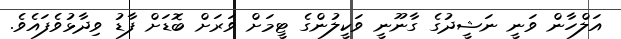
އަލްހާން ވަނީ ނަޝީދުގެ ގާނޫނީ ވަކީލުންގެ ޓީމަށް ވަރަށް ބޮޑަށް ފާޑު ވިދާޅުވެފައެވެ.